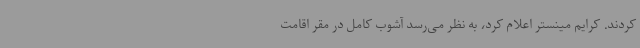
کردند. کرایم مینستر اعلام کرد، به نظر می‌رسد آشوب کامل در مقر اقامت